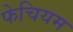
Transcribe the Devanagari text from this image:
फेचियम